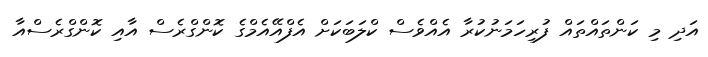
އަދި މި ކަންތައްތައް ފުރިހަމަނުކުރާ އެއްވެސް ކްލަބަކަށް އެފްއޭއެމްގެ ކޮންގްރެސް އާއި ކޮންގްރެސްއާ